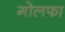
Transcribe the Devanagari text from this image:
गोलफा